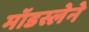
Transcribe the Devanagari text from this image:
मॉडस्लेने